Vaccination in Bombay 1889-1901 - 1889-1901
Year: 1889
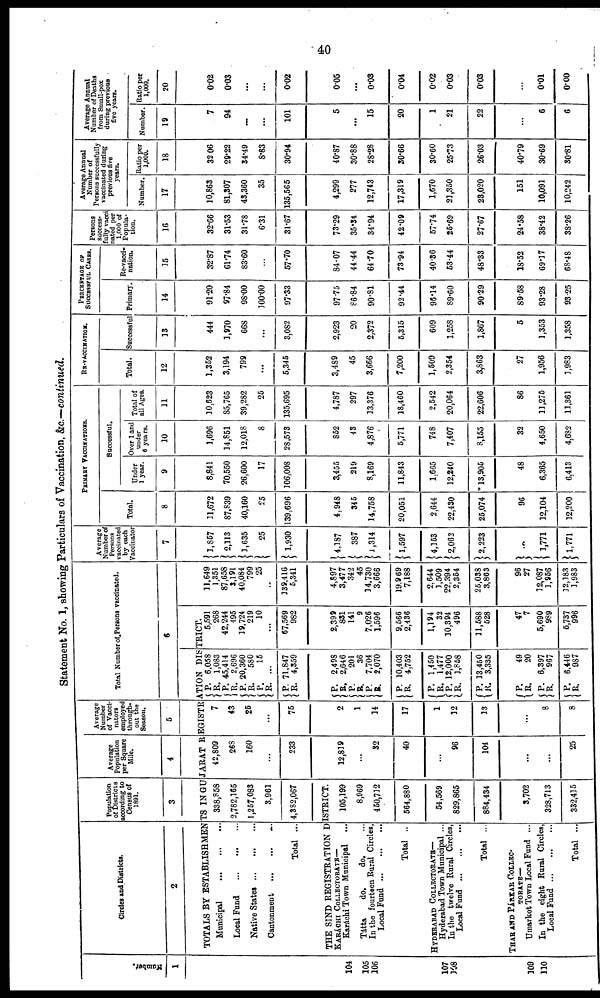
40
Statement No. 1, showing Particulars of Vaccination, &c.—continued.
Number.
1
104
105
106
107
108
109
110
Circles and Districts.
2
Population
of Districts
according to
Census of
1891.
3
Average
Population
per Square
Mile.
4
Average
Number
of Vacci¬
nators
employed
through-
out the
Season.
5
Total Number of Persons vaccinated.
6
TOTALS BY ESTABLISHMENTS IN GUJARAT REGISTRATION DISTRICT.
Municipal
...
...
...
Local Fund
...
...
...
Native States
...
...
...
Cantonment
...
...
...
Total ...
338,858
2,782,165
1,257,083
3,961
4,382,067
THE SIND REGISTRATION DISTRICT.
KARÁCHI COLLECTORATE—
Karáchi Town Municipal
Tátta
do.
do. ...
In the fourteen Rural Circles,
Local Fund
...
...
...
Total ..
HYDERABAD COLLECTORATE—
Hyderabad Town Municipal ...
In the twelve Rural Circles,
Local Fund
...
...
...
Total ...
THAR AND PÁRKAR COLLEC¬
TORATE—
Umarkot Town Local Fund ...
In the eight Rural Circles,
Local Fund
...
...
...
Total ...
105,199
8,969
450,712
564,880
54,569
829,865
884,434
3,702
328,713
332,415
42,809
268
160
...
233
12,819
...
32
40
...
96
104
...
...
25
7
43
25
...
75
2
1
14
17
1
12
13
...
8
8
P.
R.
P.
R.
P.
R.
P.
R.
P.
R.
P.
R.
P.
R.
P.
R.
P.
R.
P.
R.
P.
R.
P.
R.
P.
R.
P.
R.
P.
R.
6,058
1,083
45,414
2,696
20,360
580
15
...
71,847
4,359
2,498
2,646
201
36
7,704
2,070
10,403
4,752
1,450
1,477
12,000
1,868
13,450
3,335
49
20
6,397
967
6,446
987
5,591
268
42,244
495
39,724
219
10
...
67,569
982
2,399
831
141
9
7,026
1,596
9,566
2,436
1,194
32
10,394
496
31,688
528
47
7
5,690
989
5,737
996
11,649
1,351
87,658
3,191
40,084
799
25
...
139,416
6,341
4,897
3,477
342
45
14,730
3,666
19,969
7,188
2,644
3,509
22,394
2,354
25,038
3,863
96
27
12,087
1,956
12,383
1,983
Average
Number of
Persons
vaccinated
by each
Vaccinator
7
1,857
2,113
1,635
25
1,930
4,187
387
1,314
1,597
4,153
2,062
2,223
...
1,771
1,771
PRIMARY VACCINATIONS.
Total.
8
31,672
87,839
40,160
25
139,696
4,948
345
14,758
20,051
2,644
22,430
25,074
96
12,104
12,200
Successful.
Under
1 year.
9
8,841
70,550
26,600
17
306,008
3,455
219
8,169
11,843
1,665
12,240
13,905
48
6,365
6,413
Over 1 and
under
6 years.
10
1,696
34,851
12,018
8
28,573
852
43
4,876
5,771
748
7,407
8,155
32
4,650
4,682
Total of
all Ages.
11
10,623
85,765
39,282
25
135,695
4,787
297
33,376
18,460
2,542
20,064
22,606
86
11,275
11,361
RE-VACCINATION.
Total.
12
1,352
3,194
799
...
5,345
3,489
45
3,666
7,200
1,509
2,354
3,863
27
1,956
1,983
Successful
13
444
1,970
668
...
3,082
2,923
20
2,372
5,315
609
1,258
1,867
5
1,353
1,358
PERCENTAGE OF
SUCCESSFUL CASES.
Primary.
14
91.20
97.84
98.00
100.00
97.33
97.75
86.84
90.81
92.44
96.14
89.60
90.29
89.58
93.28
93.25
Re-vacci-
nation.
15
32.87
61.74
83.60
...
57.70
84.07
44.44
64.70
73.94
40.36
53.44
48.33
18.52
69.37
68.48
Persons
success-
fully vacci
nated per
1,000 of
Popula-
tion.
16
32.66
31.53
31.78
6.31
31.67
73.29
35.34
34.94
42.09
57.74
25.69
27.67
24.58
38.42
38.26
Average Annual
Number of
Persons successfully
vaccinated during
previous five
years.
Number.
17
10,863
81,307
43,360
35
135,565
4,299
277
12,743
17,319
1,670
21,350
23,020
151
10,091
10,242
Ratio per
1,000.
18
32.06
29.22
34.49
8.83
30.94
40.87
30.88
28.28
30.66
30.60
25.73
26.03
40.79
30.69
30.81
Average Annual
Number of Deaths
from Small-pox
during previous
five years.
Number.
19
7
94
...
...
101
5
...
15
20
1
21
22
...
6
6
Ratio per
1,000.
20
0.02
0.03
...
...
0.02
0.05
...
0.03
0.04
0.02
0.03
0.03
...
0.01
0.00